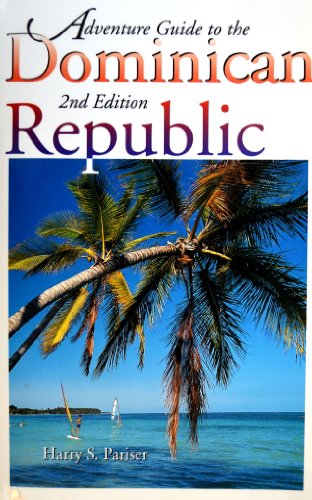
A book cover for The Adventure Guide to the Dominican Republic; Harry S. Pariser; Travel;